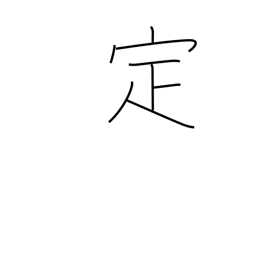
Meaning: determine